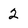
Character: 2